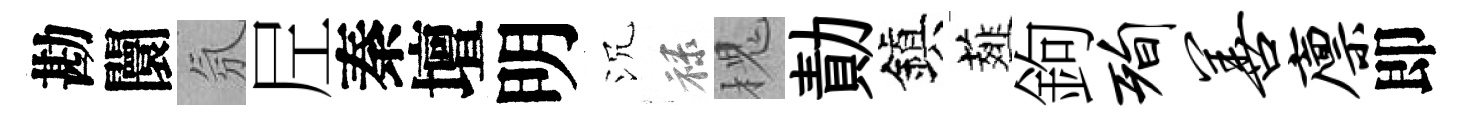
勘闤氛𡰱秦壇明沉禄槐勣鎭薤鉤洵善廪即